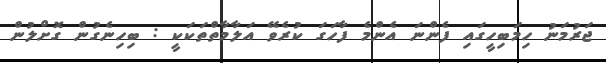
ޖަރުމަނު ހިމަބިހީގައި ފެންނަ އެންމެ ފާހަގަ ކުރެވޭ އަލާމާތްތަކަކީ : ބިހިނެގުން ގޮށްލުން